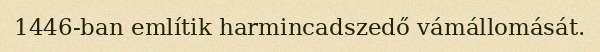
1446-ban említik harmincadszedő vámállomását.